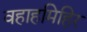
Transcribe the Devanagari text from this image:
वहाहमिहिर